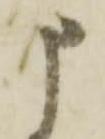
申